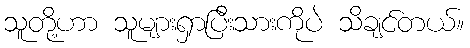
သူတို့ဟာ သူများရှာပြီးသားကိုပဲ သိချင်တယ်။